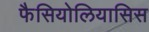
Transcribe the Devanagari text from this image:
फैसियोलियासिस